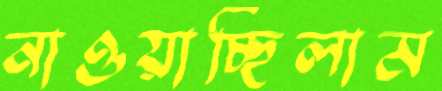
নাওয়াচ্ছিলাম